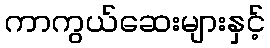
ကာကွယ်ဆေးများနှင့်